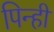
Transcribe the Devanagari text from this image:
पिन्ही